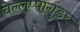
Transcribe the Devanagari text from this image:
चेल्लप्पागुंडर